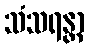
သံသရန္တာ